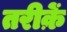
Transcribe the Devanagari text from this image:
तरीक़ें